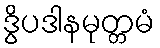
ဒွိပဒါနမုတ္တမံ